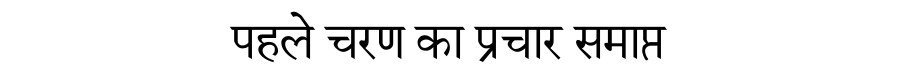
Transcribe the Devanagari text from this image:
पहले चरण का प्रचार समाप्त